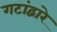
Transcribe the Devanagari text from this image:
गटांद्वारे